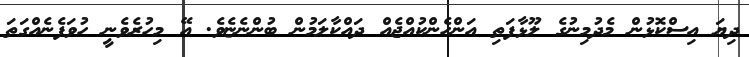
ދިޔަ އިސްކޮޅުން މެދުމިނުގެ ލޫޅާފަތި އަންހެންކުއްޖެއް ދައްކާލަމުން ބުންނެޏެވެ. އޭ މިހުރެވެނީ ހުވަފެނެއްގަތަ